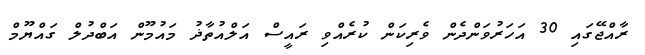
ރާއްޖޭގައި 30 އަހަރުވަންދެން ވެރިކަން ކުރެއްވި ރައީސް އަލްއުތާޛު މައުމޫން އަބްދުލް ގައްޔޫމް